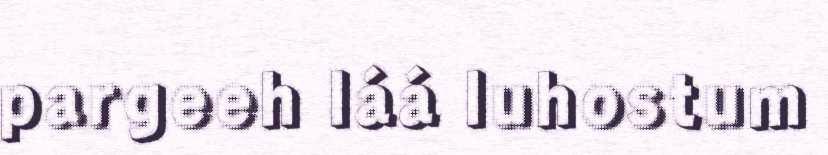
pargeeh láá luhostum